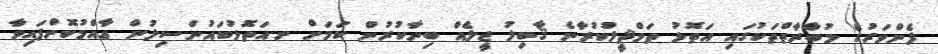
ފެންވަރުގެ މުބާރާތްތަކުގައި އަތޮޅު ތަމްޘީލުކުރާނެ ޤާބިލު ޖީލެއް ބިނާކުރުން ކަމަށް ށ.އަތޮޅުކައުންސިލުން ޢާއްމުކޮށްފައިވާ